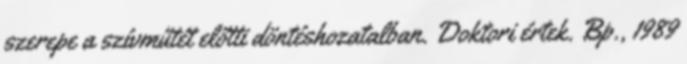
szerepe a szívműtét előtti döntéshozatalban. Doktori értek. Bp., 1989